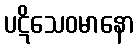
ပဋိသေဝမာနော